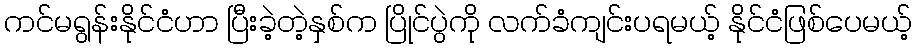
ကင်မရွန်းနိုင်ငံဟာ ပြီးခဲ့တဲ့နှစ်က ပြိုင်ပွဲကို လက်ခံကျင်းပရမယ့် နိုင်ငံဖြစ်ပေမယ့်